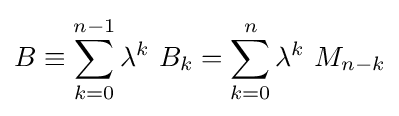
B\equiv \sum _{k=0}^{n-1}\lambda ^{k}~B_{k}=\sum _{k=0}^{n}\lambda ^{k}~M_{n-k}